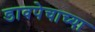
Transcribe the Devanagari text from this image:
डावपेचाच्या